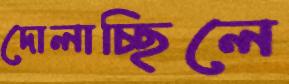
দোলাচ্ছিলে